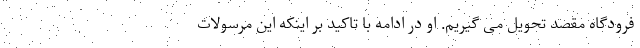
فرودگاه مقصد تحویل می گیریم. او در ادامه با تاکید بر اینکه این مرسولات